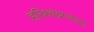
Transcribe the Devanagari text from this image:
हरिश्चंद्रगडाला